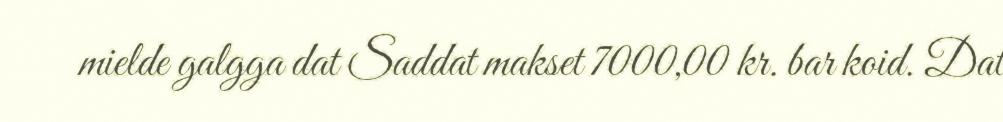
mielde galgga dat Saddat makset 7000,00 kr. bar koid. Dat